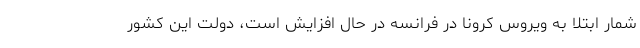
شمار ابتلا به ویروس کرونا در فرانسه در حال افزایش است، دولت این کشور